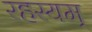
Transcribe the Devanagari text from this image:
रहस्यम्